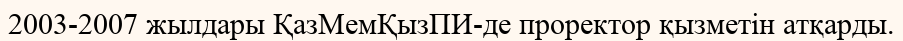
2003-2007 жылдары ҚазМемҚызПИ-де проректор қызметін атқарды.